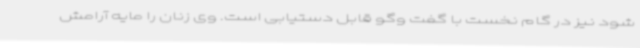
شود نیز در گام نخست با گفت وگو قابل دستیابی است. وی زنان را مایه آرامش